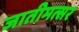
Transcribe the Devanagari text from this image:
जातीमत्सर